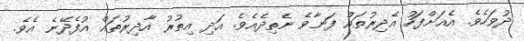
ދުވަހެވެ. އެއަށްފަހު އެދިރުތައް ފަނާވެ ނެތިދެއެވެ. އަދި އިތުރު އާދިރުތައް އުފެދޭނެ އެވެ.